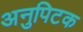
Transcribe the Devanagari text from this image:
अनुपिटक